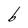
Character: b